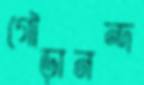
গৌড়ানন্দ